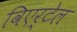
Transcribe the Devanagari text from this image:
विएर्टेल